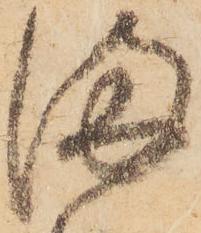
満